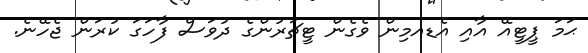
ޙަމަ ޕީޓީއޭ އާއި އެޑއމިން ވެގެން ޓީޗަރުންގެ ދުވަސް ފާހަގަ ކުރަން ޖެހޭނެ.